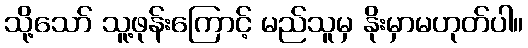
သို့သော် သူ့ဖုန်းကြောင့် မည်သူမှ နိုးမှာမဟုတ်ပါ။